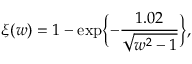
\xi ( w ) = 1 - \exp \biggl \{ - \frac { 1 . 0 2 } { \sqrt { w ^ { 2 } - 1 } } \biggr \} ,